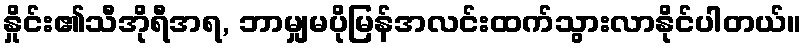
နှိုင်း၏သီအိုရီအရ, ဘာမျှမပိုမြန်အလင်းထက်သွားလာနိုင်ပါတယ်။